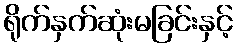
ရိုက်နှက်ဆုံးမခြင်းနှင့်